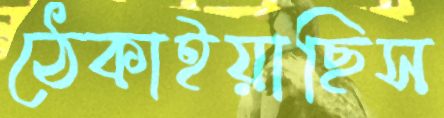
ঠেকাইয়াছিস